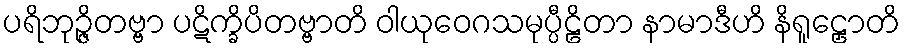
ပရိဘုဉ္ဇိတဗ္ဗာ ပဋိက္ခိပိတဗ္ဗာတိ ဝါယုဝေဂသမုပ္ပီဠိတာ နာမာဒီဟိ နိရူဠှောတိ